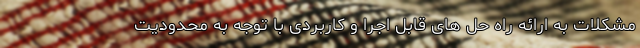
مشکلات به ارائه راه حل های قابل اجرا و کاربردی با توجه به محدودیت